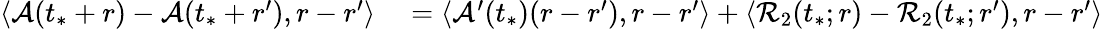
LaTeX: \begin{array}{rl}{\langle\mathcal{A}(t_{*}+r)-\mathcal{A}(t_{*}+r^{\prime}),r-r^{\prime}\rangle}&{{}=\langle\mathcal{A}^{\prime}(t_{*})(r-r^{\prime}),r-r^{\prime}\rangle+\langle\mathcal{R}_{2}(t_{*};r)-\mathcal{R}_{2}(t_{*};r^{\prime}),r-r^{\prime}\rangle}\end{array}